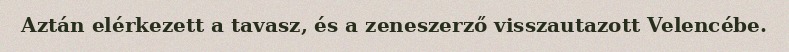
Aztán elérkezett a tavasz, és a zeneszerző visszautazott Velencébe.